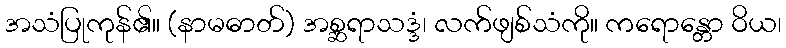
အသံပြုကုန်၏။ (နာမဓာတ်) အစ္ဆရာသဒ္ဒံ၊ လက်ဖျစ်သံကို။ ကရောန္တော ဝိယ၊